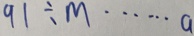
9 1 \div m \cdots a